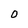
Character: 0